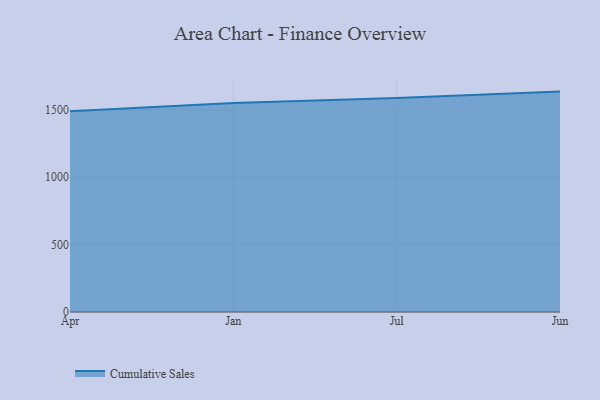
{"axis": {"x": "Month", "y": "Waste Production (Tons)"}, "legend": ["Cumulative Sales"], "data": [{"x": "Apr", "y": 1490.6, "type": "Cumulative Sales"}, {"x": "Jan", "y": 1551.5, "type": "Cumulative Sales"}, {"x": "Jul", "y": 1587.3, "type": "Cumulative Sales"}, {"x": "Jun", "y": 1635.7, "type": "Cumulative Sales"}]}